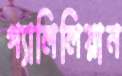
গ্যালিলিয়ান